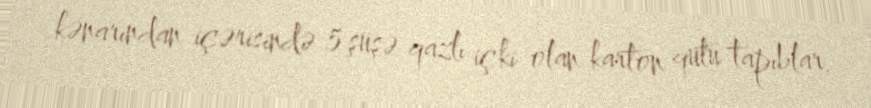
kənarından içərisində 5 şüşə qazlı içki olan karton qutu tapıblar.